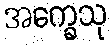
အက္ခေသု